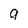
Character: 9